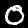
Digit: 0